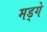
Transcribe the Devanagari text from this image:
मड्गे